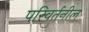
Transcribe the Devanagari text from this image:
परिवर्तनील